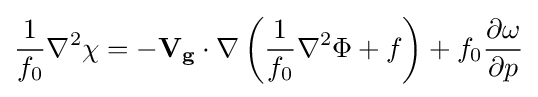
{{1 \over f_{0}}{\nabla ^{2}\chi }={-\mathbf {V_{g}} \cdot \nabla \left({{1 \over f_{0}}{\nabla ^{2}\Phi }+f}\right)}+{f_{0}{\partial \omega  \over \partial p}}}